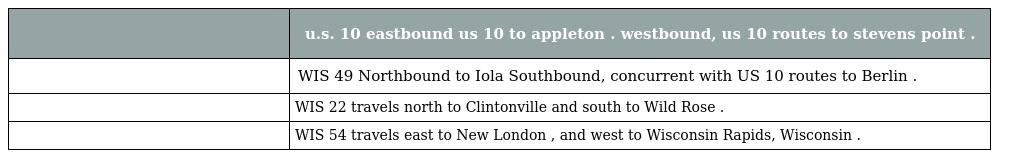
|  | u.s. 10 eastbound us 10 to appleton . westbound, us 10 routes to stevens point . |
 | --- | --- |
 |  | WIS 49 Northbound to Iola Southbound, concurrent with US 10 routes to Berlin . |
 |  | WIS 22 travels north to Clintonville and south to Wild Rose . |
 |  | WIS 54 travels east to New London , and west to Wisconsin Rapids, Wisconsin . |